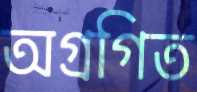
অগ্রগিত